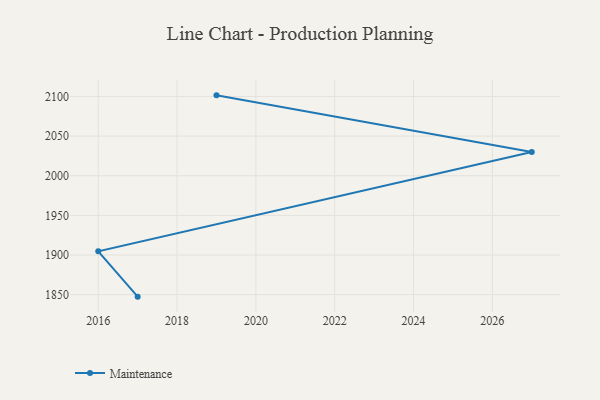
{"axis": {"x": "Year", "y": "Active Users"}, "legend": ["Maintenance"], "data": [{"x": "2017", "y": 1847.5, "type": "Maintenance"}, {"x": "2016", "y": 1904.7, "type": "Maintenance"}, {"x": "2027", "y": 2030.0, "type": "Maintenance"}, {"x": "2019", "y": 2101.4, "type": "Maintenance"}]}